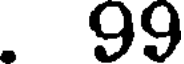
. 99